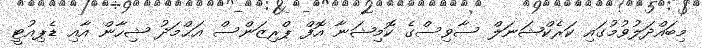
މިބައްދަލުވުމުގައި ކަރެކްޝަނަލް ސާވިސްގެ ކޮމިޝަނާ އޮފް ޕްރިޒަންސް އަޙްމަދު ޝިހާން އާއި ޑެޕިއުޓީ